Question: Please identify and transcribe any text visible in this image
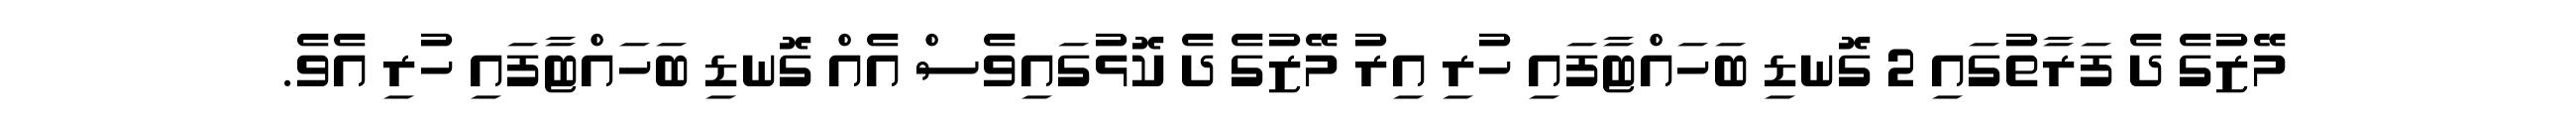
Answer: މޭޒުގެ ދެ ފަރާތުގައި 2 ގޮނޑި ބަހައްޓާފައި ހުރި އިރު މޭޒުގެ ދެ ކޮޅުގައިވެސް އެއް ގޮނޑި ބަހައްޓާފައި ހުރި އެވެ.